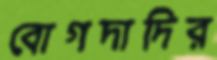
বোগদাদির